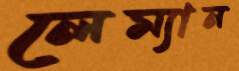
লেম্যান